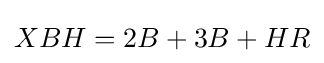
XBH=2B+3B+HR